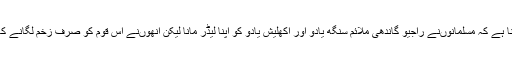
ان کا کہنا ہے کہ مسلمانوںنے راجیو گاندھی ملائم سنگھ یادو اور اکھلیش یادو کو اپنا لیڈر مانا لیکن انھوںنے اس قوم کو صرف زخم لگانے کا کام کیا۔